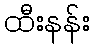
ထီးနန်း